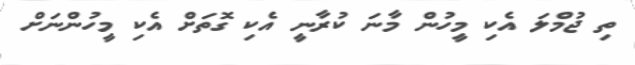
ތި ޖުމްލަ އެކި މީހުން މާނަ ކުރާނީ އެކި ގޮތަށް އެކި މީހުންނަށް